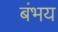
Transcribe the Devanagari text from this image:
बंभय